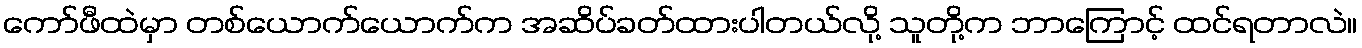
ကော်ဖီထဲမှာ တစ်ယောက်ယောက်က အဆိပ်ခတ်ထားပါတယ်လို့ သူတို့က ဘာကြောင့် ထင်ရတာလဲ။